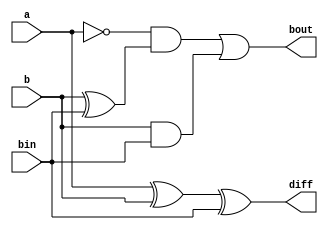
`timescale 1ns / 1ps

module full_subtractor(
  input a, b, bin,
  output diff, bout
);

  assign diff = a ^ b ^ bin;
  assign bout = (~a & (b^bin)) | (b & bin) ;
endmodule